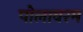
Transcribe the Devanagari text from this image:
पोलावरम